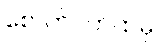
စောက်ပတ်ထဲမှ